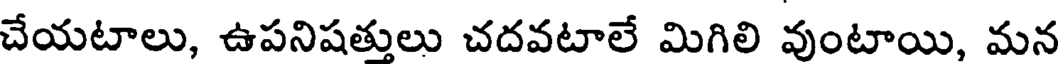
చేయటాలు, ఉపనిషత్తులు చదవటాలే మిగిలి వుంటాయి, మన